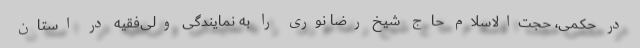
در حکمی، حجت‌الاسلام حاج شیخ رضا نوری را به نمایندگی ولی‌فقیه در استان